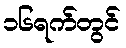
၁၆ရက်တွင်